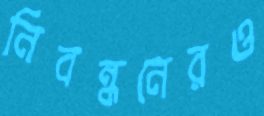
নিবন্ধনেরও